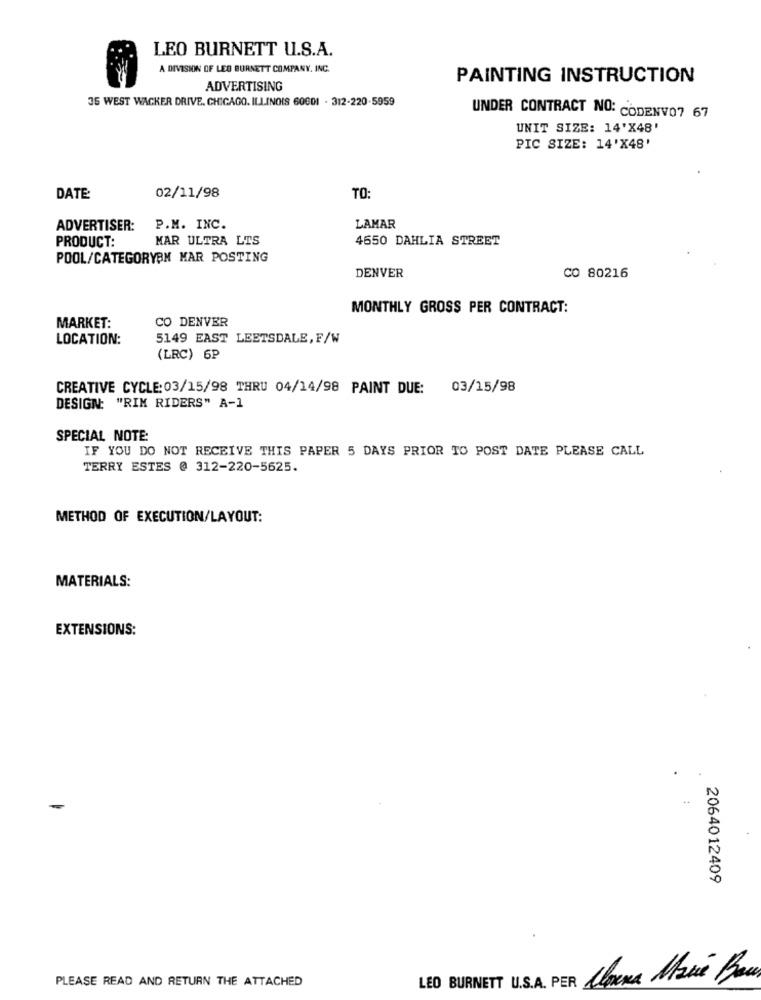
LEO BURNETT U.S.A.
A DIVISION OF LEO BURNETT COMPANY, INC.
PAINTING INSTRUCTION
ADVERTISING
35 WEST WACKER DRIVE. CHICAGO, ILLINOIS 60601 - 312-220-5959
UNDER CONTRACT NO: CODENVO7 67
UNIT SIZE: 14'X48'
PIC SIZE: 14'X48'
DATE:
02/11/98
TO:
ADVERTISER:
P.M. INC.
LAMAR
MAR ULTRA LTS
4650 DAHLIA STREET
PRODUCT:
POOL/CATEGORYBN MAR POSTING
DENVER
CO 80216
MONTHLY GROSS PER CONTRACT:
CO DENVER
MARKET:
LOCATION:
5149 EAST LEETSDALE, F/W
(LRC) 6P
CREATIVE CYCLE: 03/15/98 THRU 04/14/98 PAINT DUE: 03/15/98
DESIGN: "RIM RIDERS" A-1
SPECIAL NOTE:
IF YOU DO NOT RECEIVE THIS PAPER 5 DAYS PRIOR TO POST DATE PLEASE CALL
TERRY ESTES @ 312-220-5625.
METHOD OF EXECUTION/LAYOUT:
MATERIALS:
EXTENSIONS:
.
2064012409
PLEASE READ AND RETURN THE ATTACHED
LEO BURNETT U.S.A. PER Corra Mance Bo